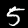
Digit: 5